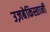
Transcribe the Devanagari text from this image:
उज़बेकिस्तानी